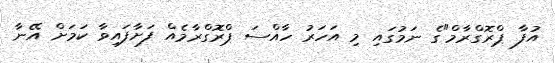
އުފާ ޕްރޮގްރާމް"ގެ ނަމުގައި މި އަހަރު ހާއްސަ ޕްރޮގްރާމެއް ފަށާފައިވާ ކަމަށް އޭނާ